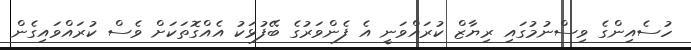
ހުސެއިންގެ ވިސްނުމުގައި ރިޔާޒް ކުރައްވަނީ އެ ފެންވަރުގެ ބޭފުޅަކު އެއްގޮތަކަށް ވެސް ކުރައްވައިގެން